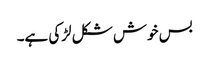
بس خوش شکل لڑکی ہے۔